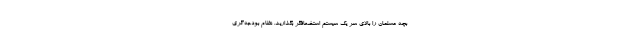
بچه‌ مسلمان را بالای سر یک سیستم استضعافگر بگذارید. نظام بودجه‌گری